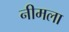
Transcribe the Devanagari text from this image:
नीमला